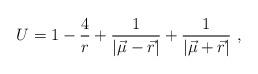
LaTeX: \begin{align*}U=1-\frac{4}{r}+\frac{1}{|{\vec \mu}-{\vec r}|}+\frac{1}{|{\vec \mu}+{\vec r}|}\ ,\end{align*}